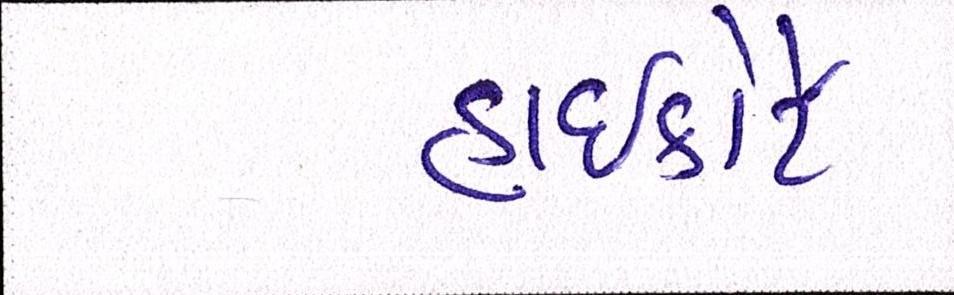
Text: હાઈકોર્ટે